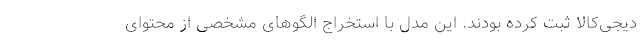
دیجی‌کالا ثبت کرده بودند. این مدل با استخراج الگوهای مشخصی از محتوای